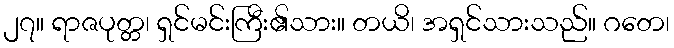
၂၇။ ရာဇပုတ္တ၊ ရှင်မင်းကြီး၏သား။ တယိ၊ အရှင်သားသည်။ ဂတေ၊